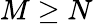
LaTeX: M\geq N